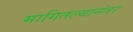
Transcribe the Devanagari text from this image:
मागितल्यानंतर